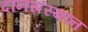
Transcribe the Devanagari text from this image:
दानसंस्थान